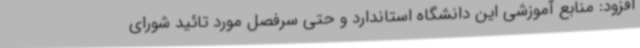
افزود: منابع آموزشی این دانشگاه استاندارد و حتی سرفصل مورد تائید شورای